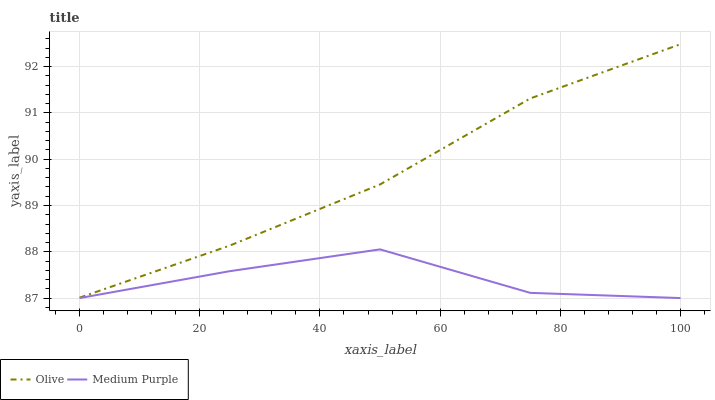
| xaxis_label | Olive | Medium Purple |
 | --- | --- | --- |
 | 0 | 87 | 87 |
 | 25 | 88.1 | 87.6 |
 | 50 | 89.5 | 88.1 |
 | 75 | 91.3 | 87.1 |
 | 100 | 92.5 | 87 |